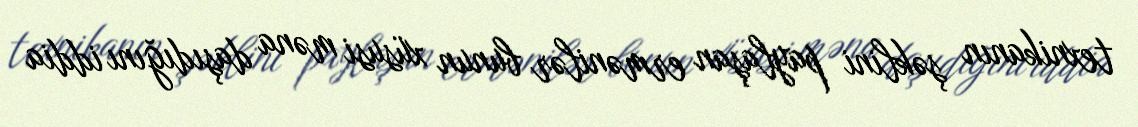
texnikanın şəklini paylaşan ermənilər bunun xüsusi məna daşıdığını iddia